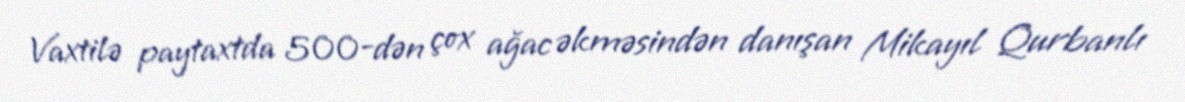
Vaxtilə paytaxtda 500-dən çox ağac əkməsindən danışan Mikayıl Qurbanlı